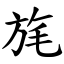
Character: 旄